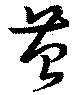
苕